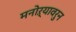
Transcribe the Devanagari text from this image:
मनोऱ्यावरुन